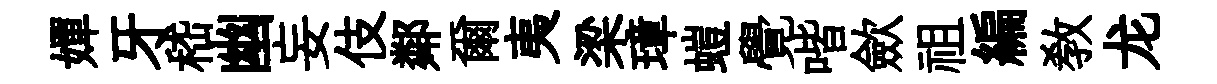
嬋牙嵇幽妄伎鄰爾夷梁璋螘覺喈歛祖編教龙